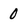
Character: 0